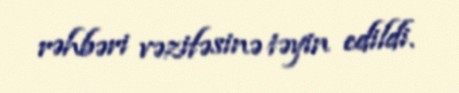
rəhbəri vəzifəsinə təyin edildi.